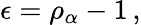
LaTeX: \epsilon=\rho_{\alpha}-1\, ,